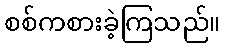
စစ်ကစားခဲ့ကြသည်။